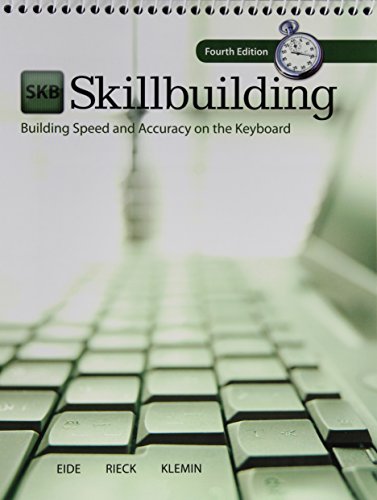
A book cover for MP SKILLBUILDING W/SOFTWARE REGISTRATION CARD; Carole Eide; Law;